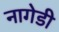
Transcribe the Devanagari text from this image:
नागेडी